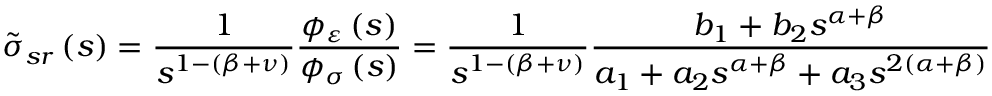
\tilde { \sigma } _ { s r } \left( s \right) = \frac { 1 } { s ^ { 1 - \left( \beta + \nu \right) } } \frac { \phi _ { \varepsilon } \left( s \right) } { \phi _ { \sigma } \left( s \right) } = \frac { 1 } { s ^ { 1 - \left( \beta + \nu \right) } } \frac { b _ { 1 } + b _ { 2 } s ^ { \alpha + \beta } } { a _ { 1 } + a _ { 2 } s ^ { \alpha + \beta } + a _ { 3 } s ^ { 2 \left( \alpha + \beta \right) } }